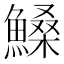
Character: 𩺞